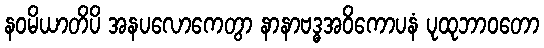
နဝမိယာတိပိ အနပလောကေတွာ နာနာဗဒ္ဓအဝိကောပနံ ပုထုဘာဝတော